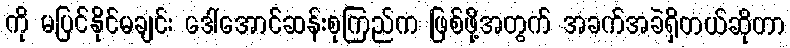
ကို မပြင်နိုင်မချင်း ဒေါ်အောင်ဆန်းစုကြည်က ဖြစ်ဖို့အတွက် အခက်အခဲရှိတယ်ဆိုတာ